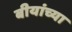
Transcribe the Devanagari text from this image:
बीयांच्या